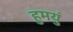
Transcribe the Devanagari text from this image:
हुमयुं